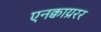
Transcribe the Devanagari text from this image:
एनक्वाय्ररर